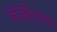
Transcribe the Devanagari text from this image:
जॉर्जीलापण